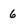
Character: 6